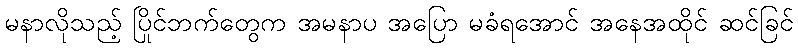
မနာလိုသည့် ပြိုင်ဘက်တွေက အမနာပ အပြော မခံရအောင် အနေအထိုင် ဆင်ခြင်